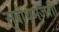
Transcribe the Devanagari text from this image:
सुबोधमंजरी।